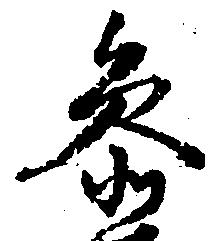
参